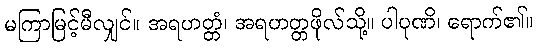
မကြာမြင့်မီလျှင်။ အရဟတ္တံ၊ အရဟတ္တဖိုလ်သို့။ ပါပုဏိ၊ ရောက်၏။